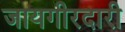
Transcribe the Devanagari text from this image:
जायगीरदारी